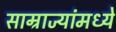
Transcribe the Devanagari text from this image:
साम्राज्यांमध्ये